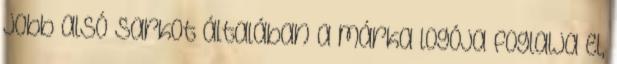
jobb alsó sarkot általában a márka logója foglalja el,